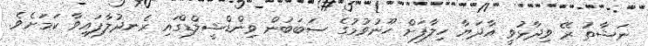
ނަޝާތު ރޭ ވިދާޅުވީ އާދަޔާ ހިލާފަށް ހޫނުވުމުގެ ސަބަބުން ވިންޑްޝީލްޑްގައި ރެނދުލާފައިވާ ކަމަށެވެ.